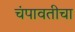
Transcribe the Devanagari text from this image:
चंपावतीचा